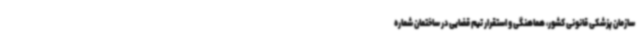
سازمان پزشکی قانونی کشور، هماهنگی و استقرار تیم قضایی در ساختمان شماره